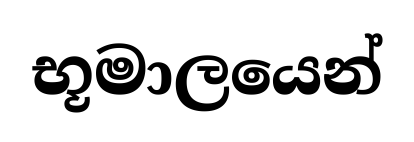
භූමාලයෙන්